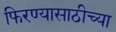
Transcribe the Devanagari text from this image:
फिरण्यासाठीच्या